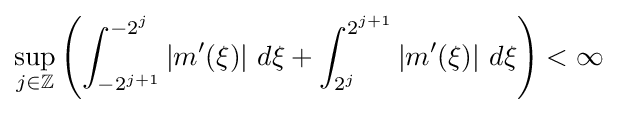
\sup _{j\in \mathbb {Z} }\left(\int _{-2^{j+1}}^{-2^{j}}\left|m'(\xi )\right|\,d\xi +\int _{2^{j}}^{2^{j+1}}\left|m'(\xi )\right|\,d\xi \right)<\infty